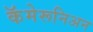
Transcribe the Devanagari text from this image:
कॅमेरूनिअन